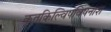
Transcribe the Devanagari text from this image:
कृतकिल्विषविषनाश